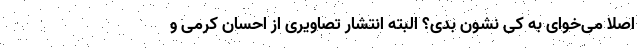
اصلا می‌خوای به کی نشون بدی؟ البته انتشار تصاویری از احسان کرمی و